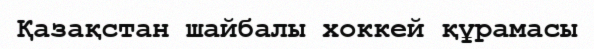
Қазақстан шайбалы хоккей құрамасы